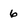
Character: 6